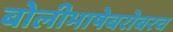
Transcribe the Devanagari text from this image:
बोलीभाषेबरोबरच